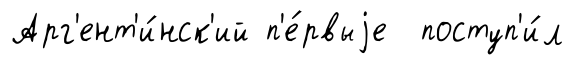
Арг'ент'и́нск'ий п'е́рвыjе поступ'и́л